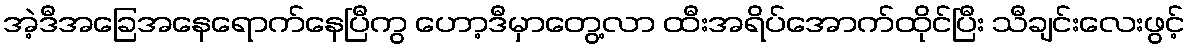
အဲ့ဒီအခြေအနေရောက်နေပြီကွ ဟော့ဒီမှာတွေ့လာ ထီးအရိပ်အောက်ထိုင်ပြီး သီချင်းလေးဖွင့်